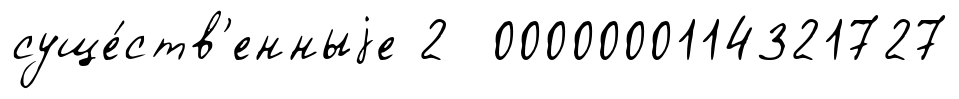
суще́ств'енныjе 2 0000000114321727